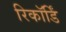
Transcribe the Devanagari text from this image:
रिकॉर्डिं